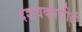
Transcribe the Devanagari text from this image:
दशवक्त्रगीतं